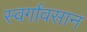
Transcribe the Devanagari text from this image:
स्वर्गावसान